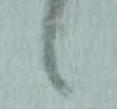
々